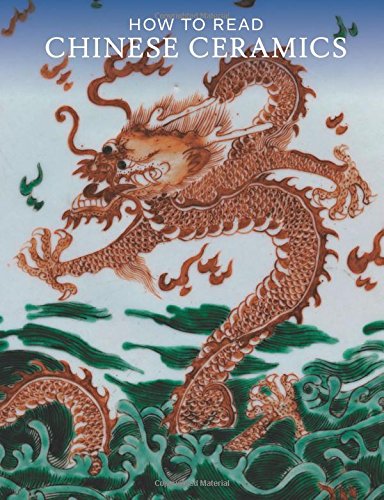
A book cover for How to Read Chinese Ceramics; Denise Patry Leidy; Crafts, Hobbies & Home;